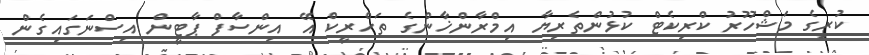
ކުރިގެ މަޝްހޫރު ކްރިކެޓް ކުޅުންތެރިޔާ އިމްރާންޚާންގެ ތަހްރީކް އޭ އިންސާފް ޕާޓީން އިސްނަގައިގެން